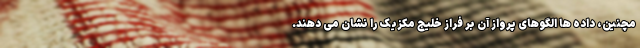
مچنین، داده ها الگوهای پرواز آن بر فراز خلیج مکزیک را نشان می دهند.